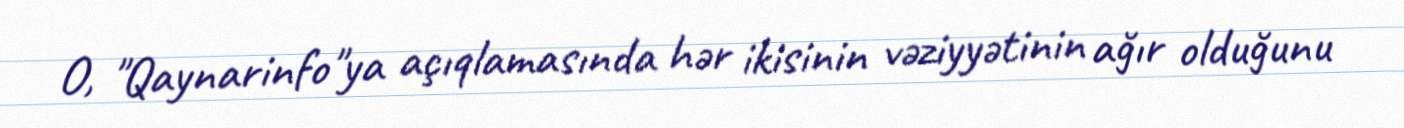
O, "Qaynarinfo"ya açıqlamasında hər ikisinin vəziyyətinin ağır olduğunu